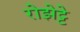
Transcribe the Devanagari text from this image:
रोझेट्टे